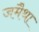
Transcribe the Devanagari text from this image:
जमैथा